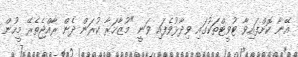
އޭނާ ކޮށްފައިވާ ޓުވީޓްތަކުގައި ވިދާޅުވެފައި ވަނީ "މުޒާހަރާ ކުރަން ދެން ރާއްޖެތެރޭ މީހުން